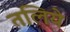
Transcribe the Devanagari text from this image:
तलिये